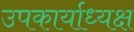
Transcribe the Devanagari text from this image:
उपकार्याध्यक्ष